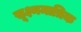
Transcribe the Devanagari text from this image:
सूक्ष्ममात्रिक